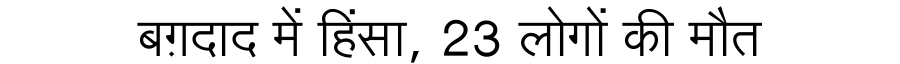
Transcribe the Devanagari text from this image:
बग़दाद में हिंसा, 23 लोगों की मौत